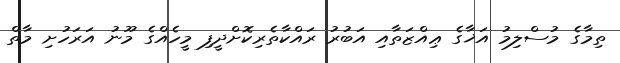
ތިމާގެ މުސްލިމު އަޚާގެ ޢިއްޒަތާއި އަބުރު ރައްކާތެރިކޮށްދީފި މީހެއްގެ މޫނު އަރަހުށި މާތް